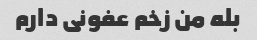
بله من زخم عفونی دارم